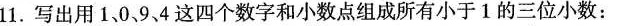
11.写出用1，0，9，4这四个数字和小数点组成所有小于1的三位小数：